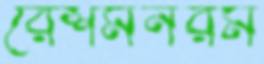
রেশমনরম